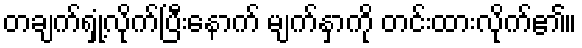
တချက်ရှုံ့လိုက်ပြီးနောက် မျက်နှာကို တင်းထားလိုက်၏။